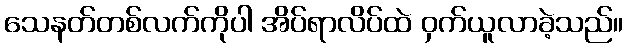
သေနတ်တစ်လက်ကိုပါ အိပ်ရာလိပ်ထဲ ဝှက်ယူလာခဲ့သည်။